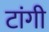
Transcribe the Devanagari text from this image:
टांगी